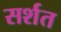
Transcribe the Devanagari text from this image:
सर्शत